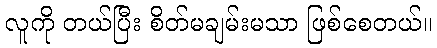
လူကို တယ်ပြီး စိတ်မချမ်းမသာ ဖြစ်စေတယ်။